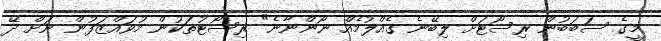
މީގެ ސަބަބުން ރިސޯޓަށް ލިބޭނެ ގެއްލުމެއް ނޯންނާނެ" ރިސޯޓުތަކުން މުވައްޒަފުން ނަށް ދޭ